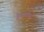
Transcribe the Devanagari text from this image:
प्रेरणांच्या